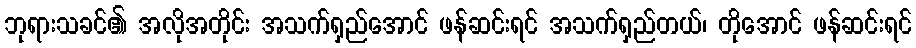
ဘုရားသခင်၏ အလိုအတိုင်း အသက်ရှည်အောင် ဖန်ဆင်းရင် အသက်ရှည်တယ်၊ တိုအောင် ဖန်ဆင်းရင်